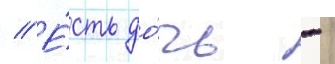
// Е́сть до́чь -